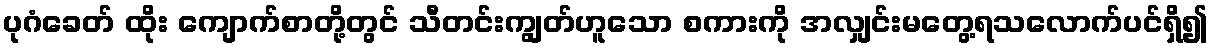
ပုဂံခေတ် ထိုး ကျောက်စာတို့တွင် သီတင်းကျွတ်ဟူသော စကားကို အလျှင်းမတွေ့ရသလောက်ပင်ရှိ၍